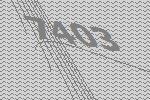
7403